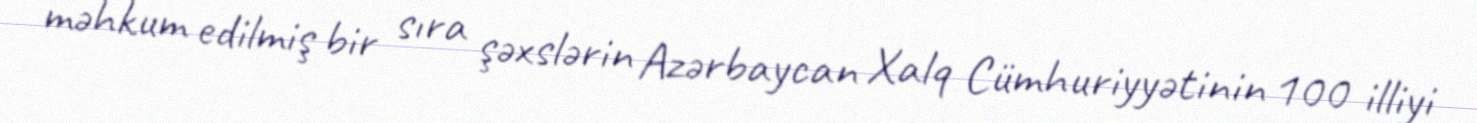
məhkum edilmiş bir sıra şəxslərin Azərbaycan Xalq Cümhuriyyətinin 100 illiyi